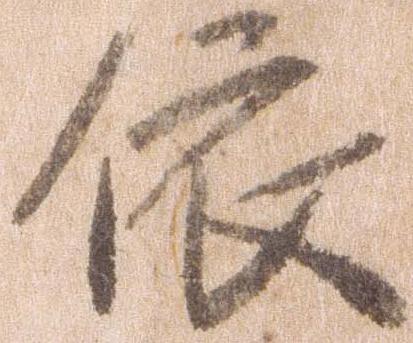
依